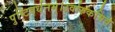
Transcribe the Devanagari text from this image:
पुष्टिवर्धनम्।उर्वारुकमिव